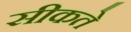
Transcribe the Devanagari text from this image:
सीकते